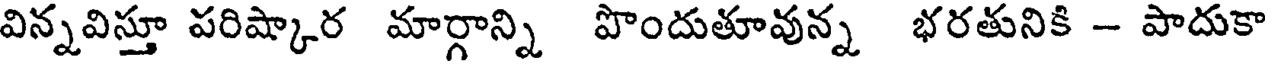
విన్నవిస్తూ పరిష్కార మార్గాన్ని పొందుతూవున్న భరతునికి - పాదుకా